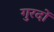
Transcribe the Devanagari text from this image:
गुरदों